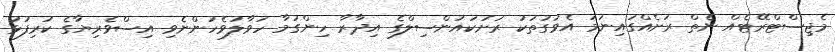
މެޖިސްޓްރޭޓެއް ނެތް ރަށެއްގައިނަމަ އެވަގުތަކު ރަށުކައުންސިލްގެ އިދާރާ ހިންގުމާ ހަވާލުވެހުންނެވި އިސްވެރިޔާގެ ކުރިފުޅު